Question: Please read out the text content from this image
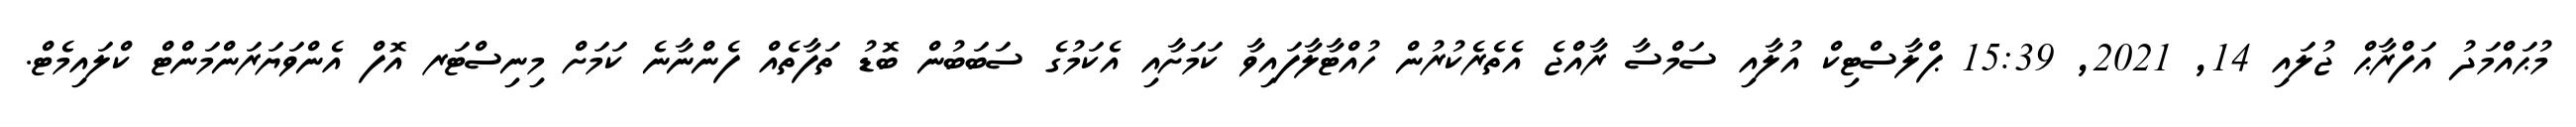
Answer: މުޙައްމަދު އަފްރާޙް ޖުލައި 14, 2021, 15:39 ޕްލާސްޓިކް އުލާއި ސަމްސާ ރާއްޖެ އެތެރެކުރުން ހުއްޓާލާފައިވާ ކަމަށާއި އެކަމުގެ ސަބަބުން ބޮޑު ތަފާތެއް ފެންނާނެ ކަމަށް މިނިސްޓަރ އޮފް އެންވަޔަރަންމަންޓް ކްލައިމެޓް.